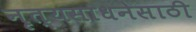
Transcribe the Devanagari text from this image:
नृत्यसाधनेसाठी